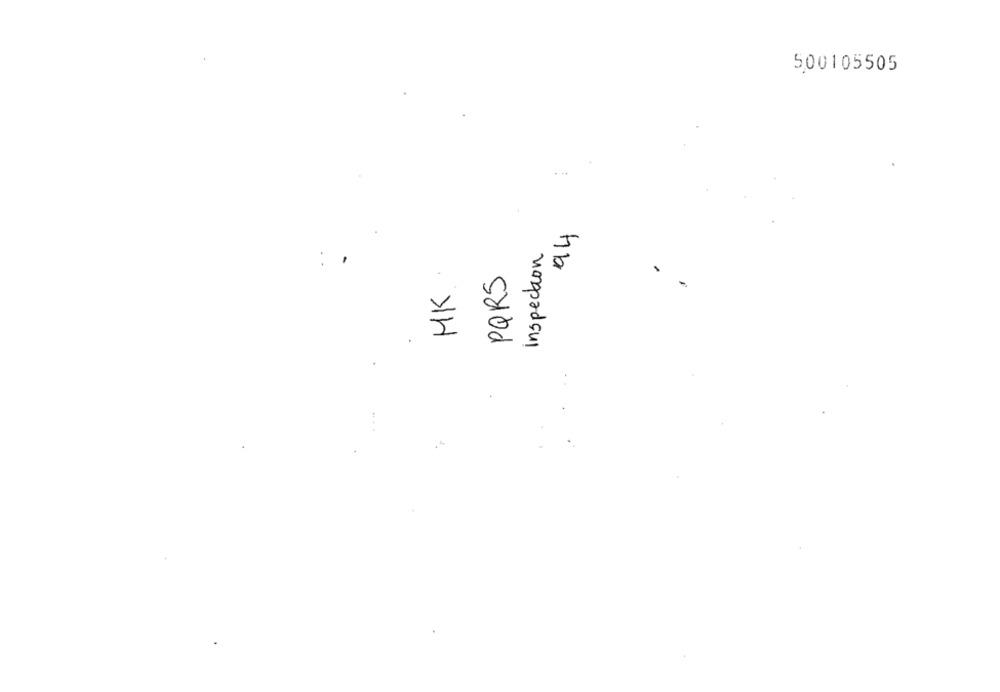
500105505
Inspection
PQRS
1
1K